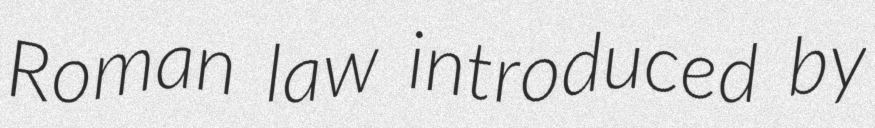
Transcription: Roman law introduced by